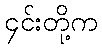
၄င်းတို့က